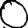
Digit: 0